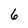
Character: 6